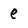
Character: e